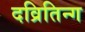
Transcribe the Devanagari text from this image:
दव्रितिन्ग